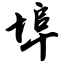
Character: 埠